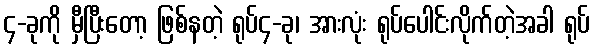
၄-ခုကို မှီပြီးတော့ ဖြစ်နတဲ့ ရုပ်၄-ခု၊ အားလုံး ရုပ်ပေါင်းလိုက်တဲ့အခါ ရုပ်